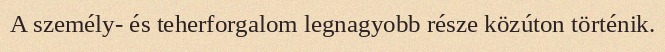
A személy- és teherforgalom legnagyobb része közúton történik.